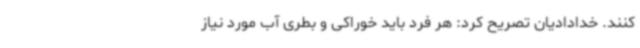
کنند. خدادادیان تصریح کرد: هر فرد باید خوراکی و بطری آب مورد نیاز